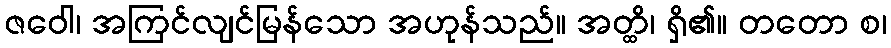
ဇဝေါ၊ အကြင်လျင်မြန်သော အဟုန်သည်။ အတ္ထိ၊ ရှိ၏။ တတော စ၊